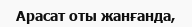
Арасат оты жанғанда,